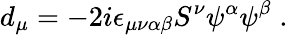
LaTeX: d_{\mu}=-2i\epsilon_{\mu\nu\alpha\beta}S^{\nu}\psi^{\alpha}\psi^{\beta}\; .